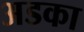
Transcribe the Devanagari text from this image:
अडका